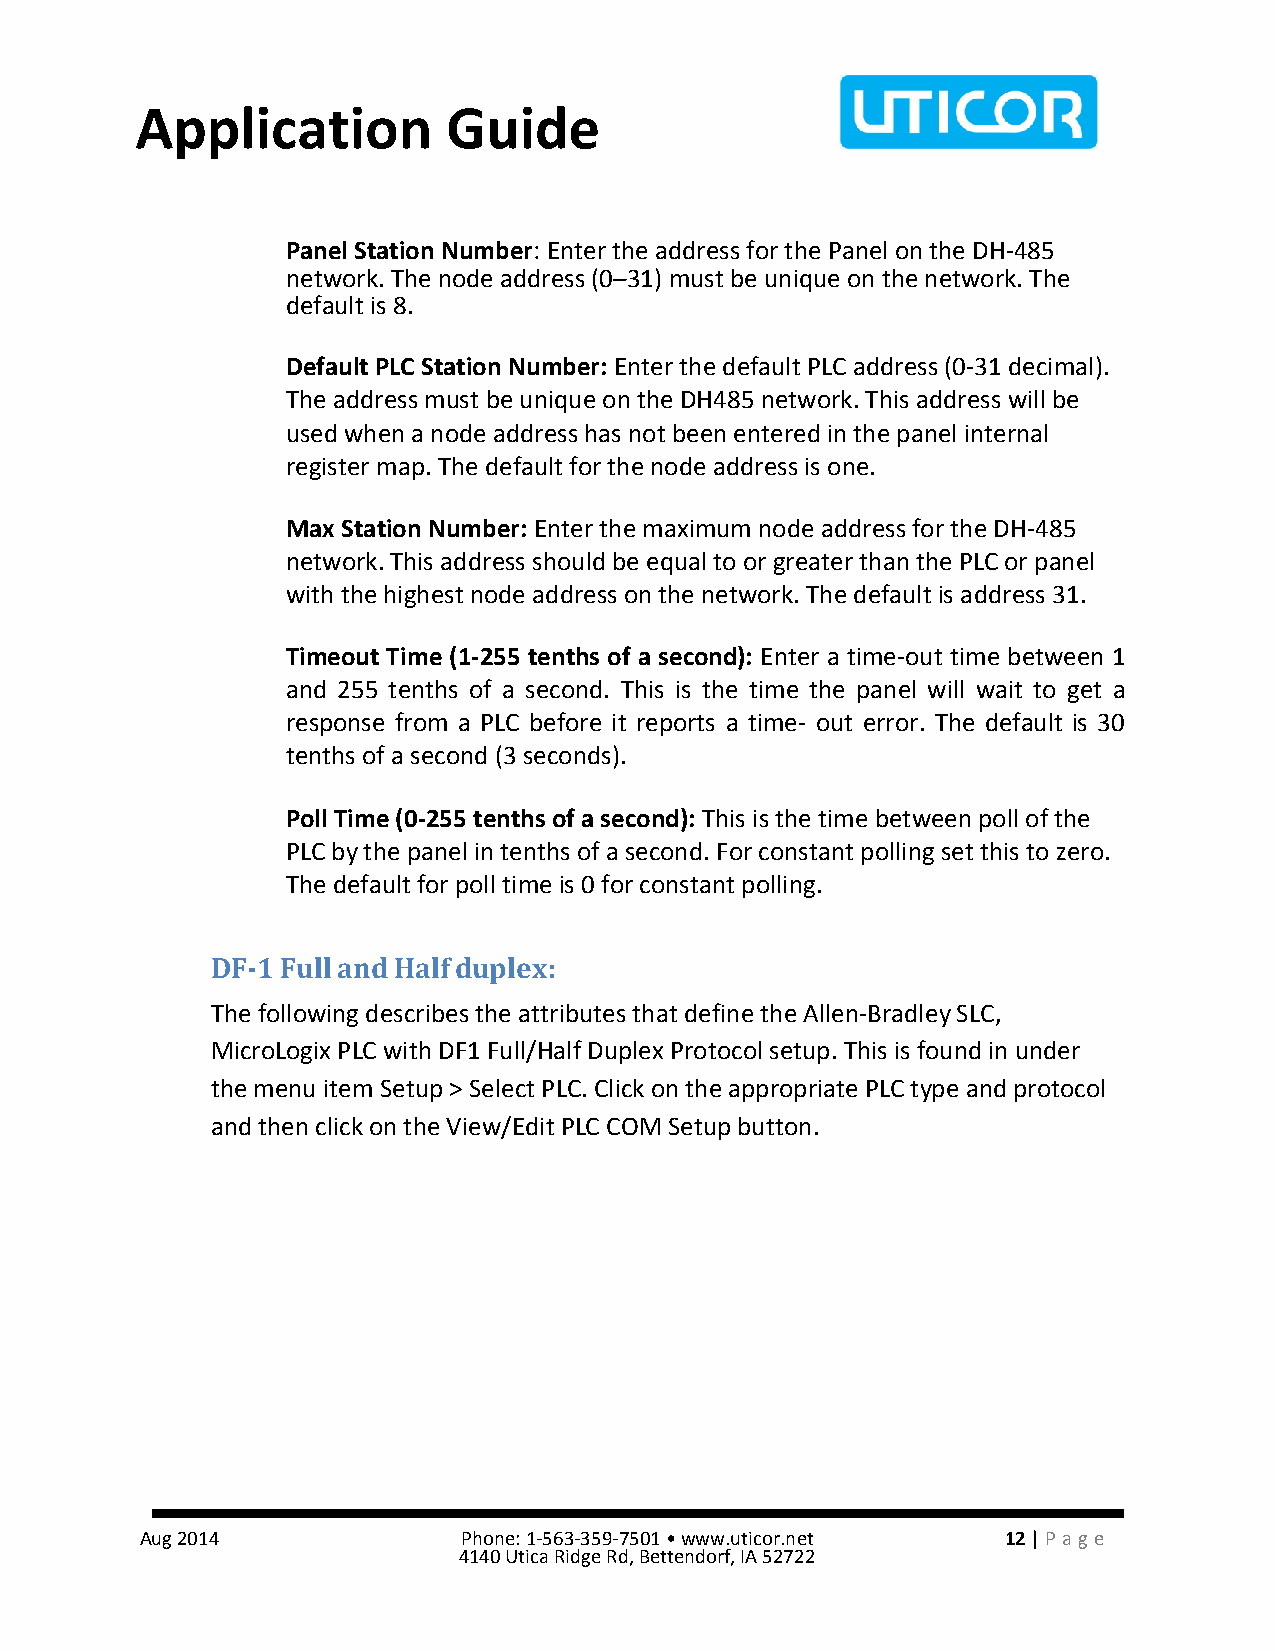
Application          Guide
 Panel Station Number: Enter the address for the Panel on the DH-485
 network. The node address (0–31) must be unique on the network. The
 default is 8.
 Default PLC Station Number: Enter the default PLC address (0-31 decimal).
 The address must be unique on the DH485 network. This address will be
 used when a node address has not been entered in the panel internal
 register map. The default for the node address is one.
 Max Station Number: Enter the maximum node address for the DH-485
 network. This address should be equal to or greater than the PLC or panel
 with the highest node address on the network. The default is address 31.
 Timeout Time (1-255 tenths of a second): Enter a time-out time between 1
 and 255 tenths of a second. This is the time the panel will wait to get a
 response from a PLC before it reports a time- out error. The default is 30
 tenths of a second (3 seconds).
 Poll Time (0-255 tenths of a second): This is the time between poll of the
 PLC by the panel in tenths of a second. For constant polling set this to zero.
 The default for poll time is 0 for constant polling.
 DF-1 Full and Half duplex:
 The following describes the attributes that define the Allen-Bradley SLC,
 MicroLogix PLC with DF1 Full/Half Duplex Protocol setup. This is found in under
 the menu item Setup > Select PLC. Click on the appropriate PLC type and protocol
 and then click on the View/Edit PLC COM Setup button.
 Aug 2014              Phone: 1-563-359-7501 • www.uticor.net 12 | Pa ge
 4140 Utica Ridge Rd, Bettendorf, IA 52722